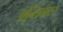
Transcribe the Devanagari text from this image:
अन्तिमेंत्टर